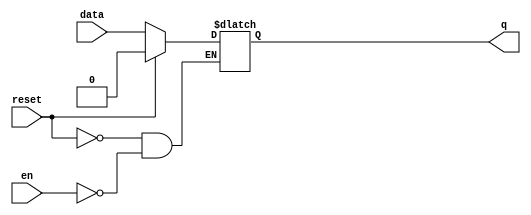
module D_latch (data, en, reset, q);
input data, en, reset ;
output q;
reg q;
always @ ( en or reset or data)
if (reset) begin
q <= 1'b0;
end else if (en) begin
q <= data;
end
endmodule